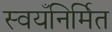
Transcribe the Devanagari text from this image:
स्वयँनिर्मित